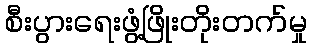
စီးပွားရေးဖွံ့ဖြိုးတိုးတက်မှု